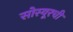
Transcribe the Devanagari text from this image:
सोस्यूरची